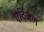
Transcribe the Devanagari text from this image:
एंटिअल